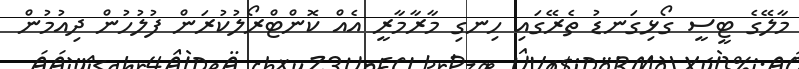
މާލޭގެ ޓީސީ ގޯޅިގަނޑު ތެރޭގައި ހިނގި މާރާމާރީ އެއް ކޮންޓްރޯލުކުރަން ފުލުހުން ދިއުމުން